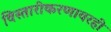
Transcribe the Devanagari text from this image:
विस्तारीकरणावरही